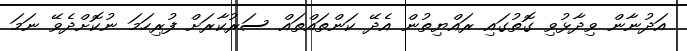
އަދުނާން ވިދާޅުވި ގޮތުގައި ރައްޔިތުން އެދޭ ކަންތައްތައް ސަރުކާރަށް ފުރިހަމަ ނުކޮށްދެވޭ ނަމަ